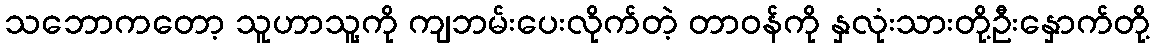
သဘောကတော့ သူဟာသူ့ကို ကျဘမ်းပေးလိုက်တဲ့ တာဝန်ကို နှလုံးသားတို့ဦးနှောက်တို့